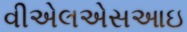
વીએલએસઆઇ